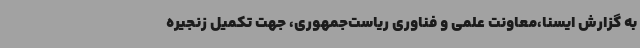
به گزارش ایسنا،معاونت‌ علمی ‌و ‌فناوری ‌ریاست‌جمهوری، جهت تکمیل زنجیره